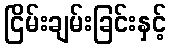
ငြိမ်းချမ်းခြင်းနှင့်